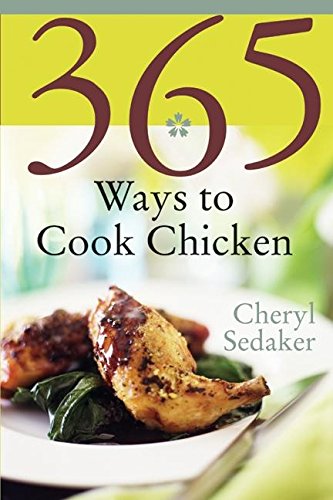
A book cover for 365 Ways to Cook Chicken: Simply the Best Chicken Recipes You'll Find Anywhere!; Cheryl Sedeker; Cookbooks, Food & Wine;